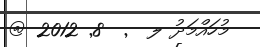
މުހައްމަދު ލ